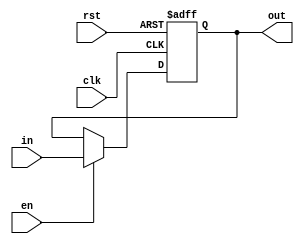
`timescale 1ns / 1ps
//////////////////////////////////////////////////////////////////////////////////
// Company: 
// Engineer: 
// 
// Design Name: 
// Module Name:    RegisterM 
// Project Name: 
// Target Devices: 
// Tool versions: 
// Description: 
//
// Dependencies: 
//
// Revision: 
// Revision 0.01 - File Created
// Additional Comments: 
//
//////////////////////////////////////////////////////////////////////////////////
module Register21 ( input [20:0]in, input clk, input rst, input en, output reg [20:0]out);
	always @(posedge clk, posedge rst) begin
		if (rst) out <= 0;
		else if (en) out <= in;
	end
endmodule